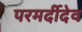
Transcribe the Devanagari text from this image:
परमर्दीदेव